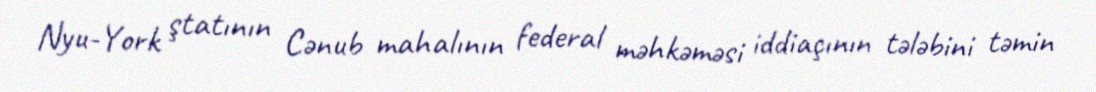
Nyu-York ştatının Cənub mahalının federal məhkəməsi iddiaçının tələbini təmin